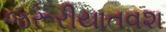
જરૂરીયાતવશ